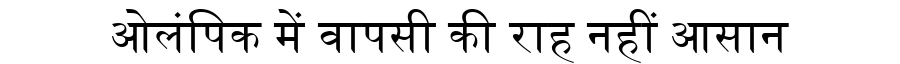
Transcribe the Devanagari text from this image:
ओलंपिक में वापसी की राह नहीं आसान